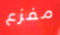
مفزع